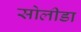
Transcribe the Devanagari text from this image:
सोलीडा